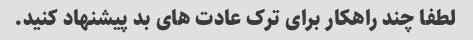
لطفا چند راهکار برای ترک عادت های بد پیشنهاد کنید.